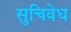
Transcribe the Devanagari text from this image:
सुचिवेध